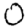
Digit: 0